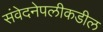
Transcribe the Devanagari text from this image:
संवेदनेपलीकडील